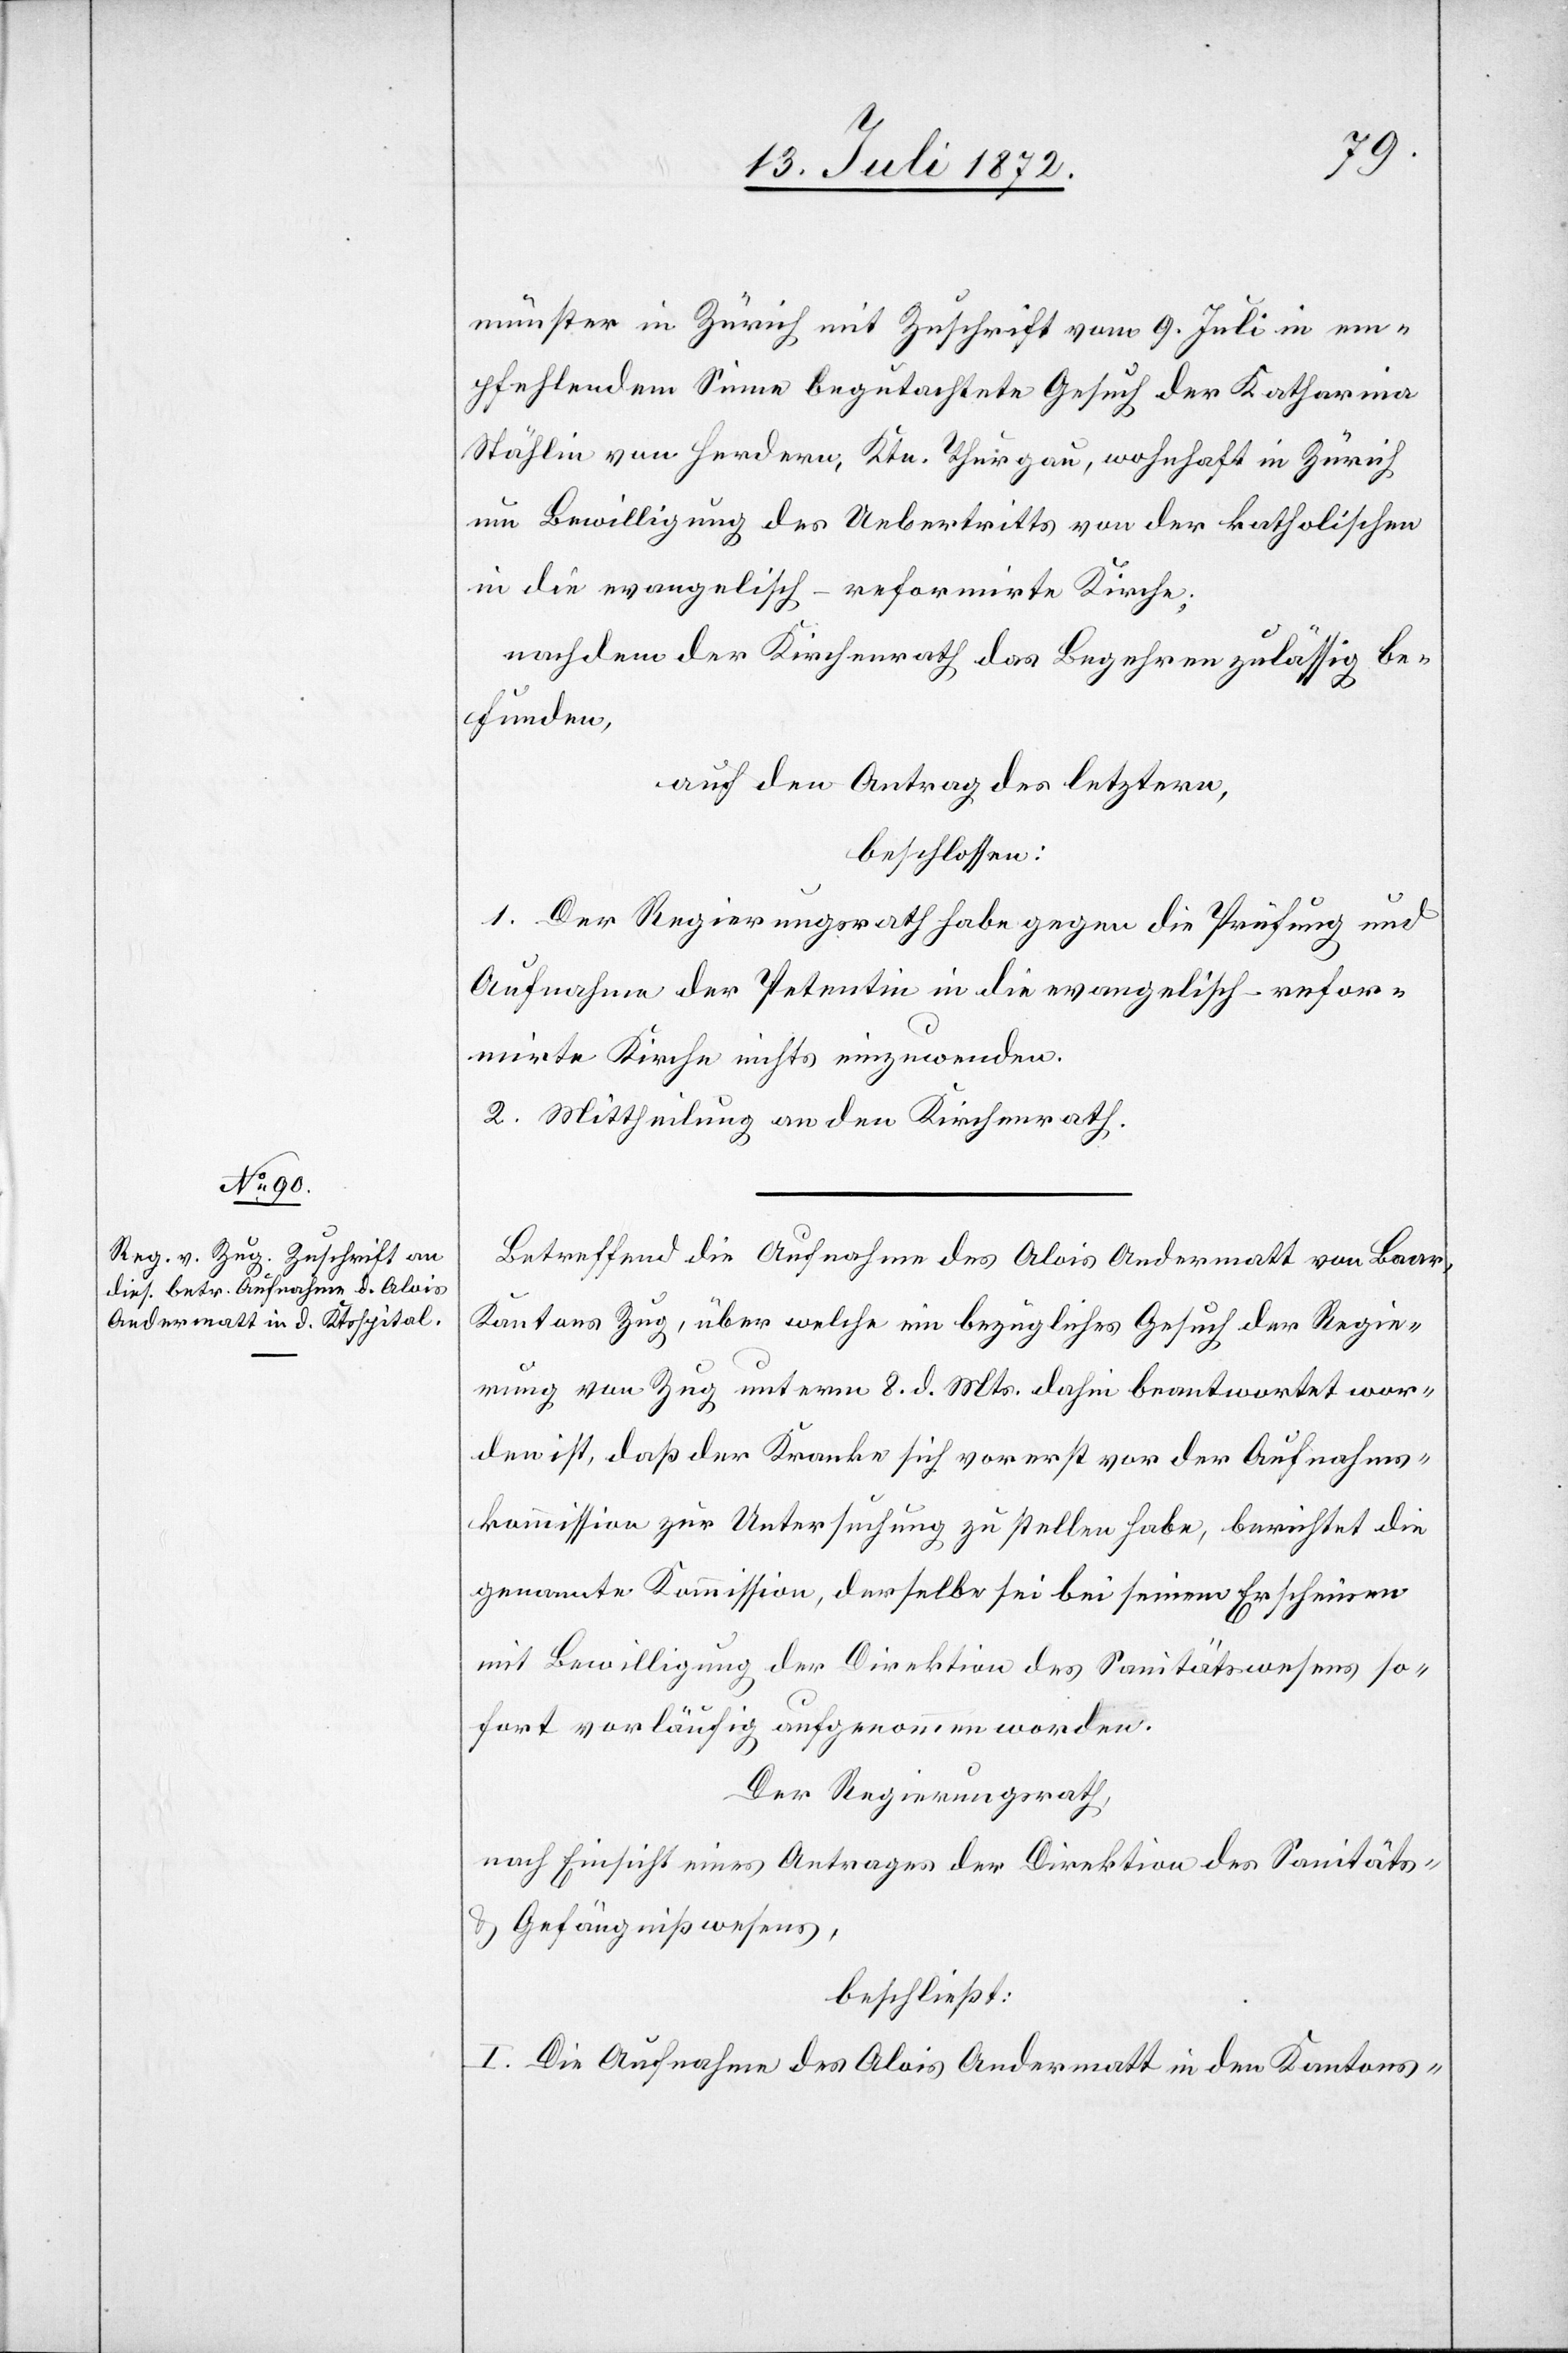
münster in Zürich mit Zuschrift vom 9. Juli in em¬
pfehlendem Sinne begutachtete Gesuch der Katharina
Stählin von Herdern, Ktn. Thurgau, wohnhaft in Zürich
um Bewilligung des Uebertritts von der katholischen
in die evangelische-reformirte Kirche;
nachdem der Kirchenrath das Begehren zulässig be¬
funden,
auf den Antrag des letztern,
beschlossen:
1. Der Regierungsrath habe gegen die Prüfung und
Aufnahme der Petentin in die evangelisch-refor¬
mirte Kirche nichts einzuwenden.
2. Mittheilung an den Kirchenrath.
Betreffend die Aufnahme des Alois Andermatt von Baar,
Kanton Zug, über welche ein bezügliches Gesuch der Regie¬
rung von Zug unterm 8. d. Mts. dahin beantwortet wor¬
den ist, daß der Kranke sich vorerst vor der Aufnahms¬
kommission zur Untersuchung zu stellen habe, berichtet die
genannte Kommission, derselbe sei bei seinem Erscheinen
mit Bewilligung der Direktion des Sanitätswesens so¬
fort vorläufig aufgenommen worden.
Der Regierungsrath,
nach Einsicht eines Antrages der Direktion des Sanitäts-
u. Gefängnißwesens,
beschließt:
I. Die Aufnahme des Alois Andermatt in den Kantons-